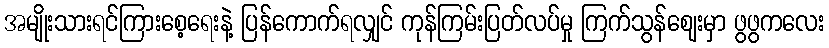
အမျိုးသားရင်ကြားစေ့ရေးနဲ့ ပြန်ကောက်ရလျှင် ကုန်ကြမ်းပြတ်လပ်မှု ကြက်သွန်ဈေးမှာ ဖွဖွကလေး